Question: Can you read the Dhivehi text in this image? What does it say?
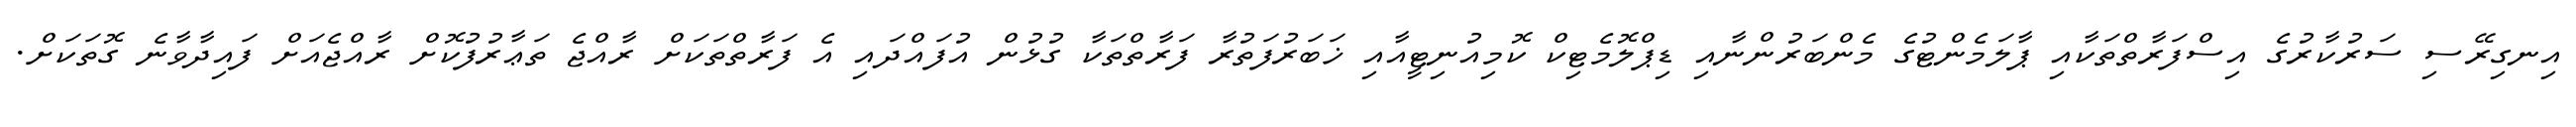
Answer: އިނގިރޭސި ސަރުކާރުގެ އިސްފަރާތްތަކާއި ޕާލަމެންޓުގެ މެންބަރުންނާއި ޑިޕްލޮމެޓިކް ކޮމިއުނިޓީއާއި ޚަބަރުފަތުރާ ފަރާތްތަކާ ގުޅުން އުފައްދައި އެ ފަރާތްތަކަށް ރާއްޖެ ތަޢާރުފުކޮށް ރާއްޖެއަށް ފައިދާވާނެ ގޮތަކަށް.